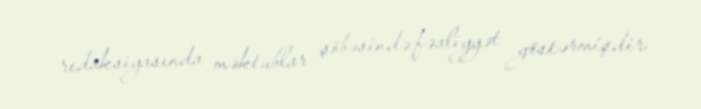
redaksiyasında məktublar şöbəsində fəaliyyət göstərmişdir.